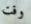
وقت